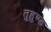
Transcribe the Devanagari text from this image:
तुहुण्ड